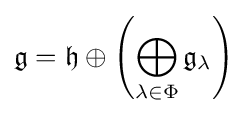
{\mathfrak {g}}={\mathfrak {h}}\oplus \left(\bigoplus _{\lambda \in \Phi }{\mathfrak {g}}_{\lambda }\right)